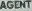
AGENT